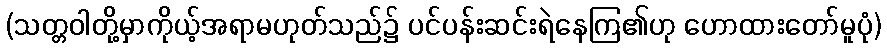
(သတ္တဝါတို့မှာကိုယ့်အရာမဟုတ်သည်၌ ပင်ပန်းဆင်းရဲနေကြ၏ဟု ဟောထားတော်မူပုံ)